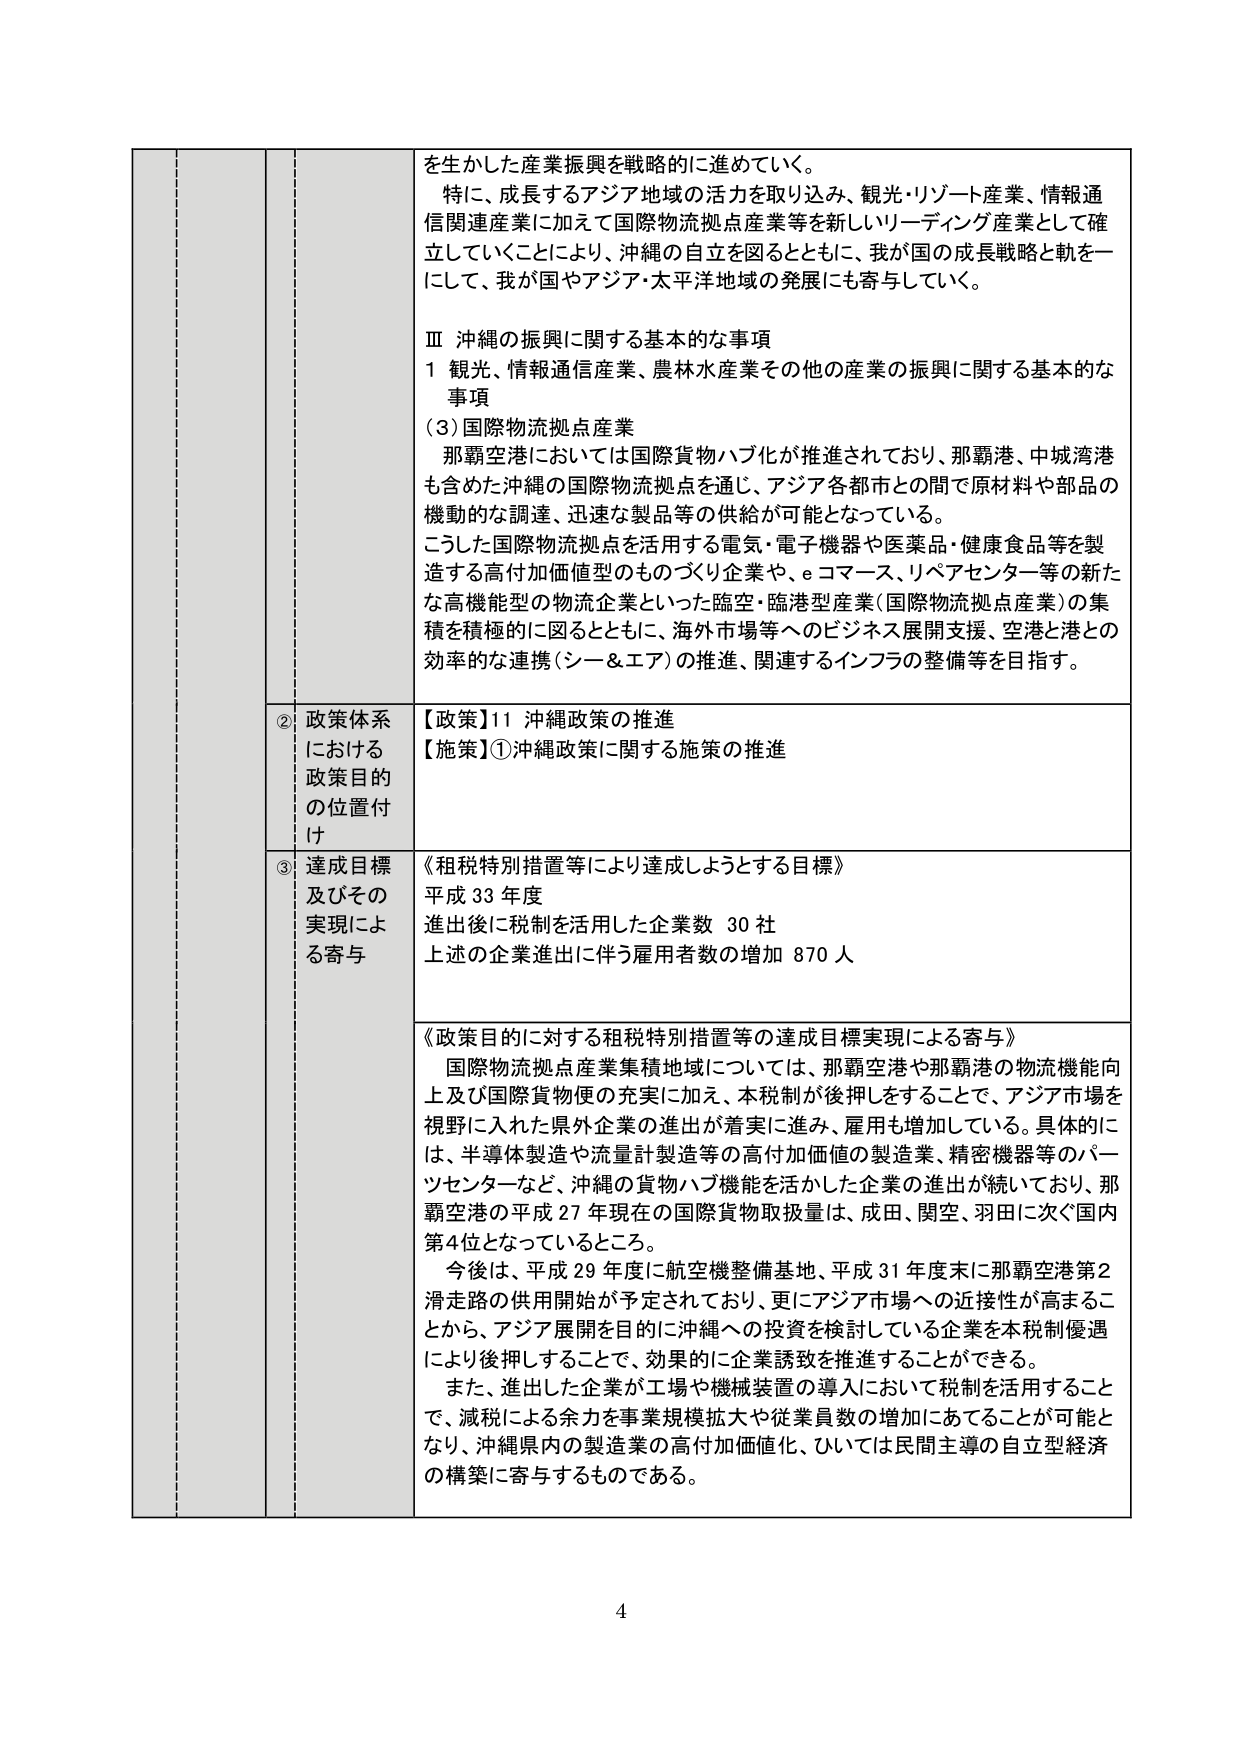
を生かした産業振興を戦略的に進めていく。

特に、成長するアジア地域の活力を取り込み、観光・リゾート産業、情報通信関連産業に加えて国際物流拠点産業等を新しいリーディング産業として確立していくことにより、沖縄の自立を図るとともに、我が国の成長戦略と軌を一にして、我が国やアジア・太平洋地域の発展にも寄与していく。

Ⅲ 沖縄の振興に関する基本的な事項
1 観光、情報通信産業、農林水産業その他の産業の振興に関する基本的な事項
(3) 国際物流拠点産業
那覇空港においては国際貨物ハブ化が推進されており、那覇港、中城湾港も含めた沖縄の国際物流拠点を通じ、アジア各都市との間で原材料や部品の機動的な調達、迅速な製品等の供給が可能となっている。
こうした国際物流拠点を活用する電気・電子機器や医薬品・健康食品等を製造する高付加価値型のものづくり企業や、eコマース、リベアセンター等の新たな高機能型の物流企業といった臨空・臨港型産業（国際物流拠点産業）の集積を積極的に図るとともに、海外市場等へのビジネス展開支援、空港と港との効率的な連携（シー＆エア）の推進、関連するインフラの整備等を目指す。

② 政策体系における政策目的の位置付け
【政策】11 沖縄政策の推進
【施策】①沖縄政策に関する施策の推進

③ 達成目標及びその実現による寄与
《租税特別措置等により達成しようとする目標》
平成33年度
進出後に税制を活用した企業数 30社
上述の企業進出に伴う雇用者数の増加 870人

《政策目的に対する租税特別措置等の達成目標実現による寄与》
国際物流拠点産業集積地域については、那覇空港や那覇港の物流機能向上及び国際貨物便の充実に加え、本税制が後押しすることで、アジア市場を視野に入れた県外企業の進出が着実に進み、雇用も増加している。具体的には、半導体製造や流量計製造等の高付加価値の製造業、精密機器等のパートセンターなど、沖縄の貨物ハブ機能を活かした企業の進出が続いており、那覇空港の平成27年現在の国際貨物取扱量は、成田、関空、羽田に次ぐ国内第4位となっているところ。
今後は、平成29年度に航空機整備基地、平成31年度末に那覇空港第2滑走路の供用開始が予定されており、更にアジア市場への近接性が高まることから、アジア展開を目的に沖縄への投資を検討している企業を本税制優遇により後押しすることで、効果的に企業誘致を推進することができる。
また、進出した企業が工場や機械装置の導入において税制を活用することで、減税による余力を事業規模拡大や従業員数の増加にあてることが可能となり、沖縄県内の製造業の高付加価値化、ひいては民間主導の自立型経済の構築に寄与するものである。

4